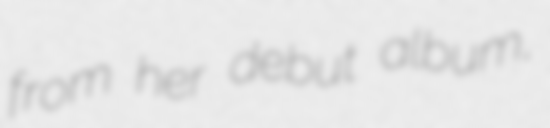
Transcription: from her debut album,